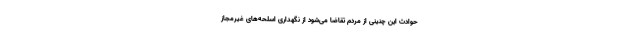
حوادث این چنینی از مردم تقاضا می‌شود از نگهداری اسلحه‌های غیرمجاز